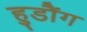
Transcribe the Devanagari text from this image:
हुडौंग